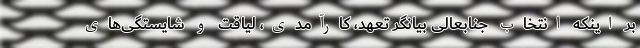
بر اینکه انتخاب جنابعالی بیانگر تعهد، کارآمدی، لیاقت و شایستگی‌‌های